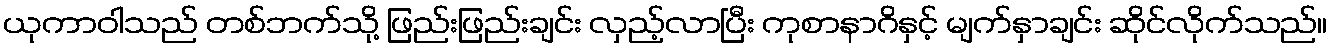
ယုကာဝါသည် တစ်ဘက်သို့ ဖြည်းဖြည်းချင်း လှည့်လာပြီး ကုစာနာဂိနှင့် မျက်နှာချင်း ဆိုင်လိုက်သည်။